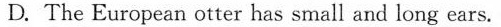
D. The European otter has small and long ears.